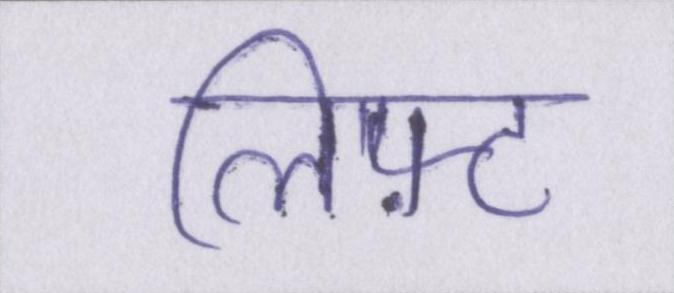
लिफ़्ट